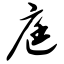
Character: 庭